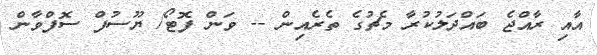
އާއި ރާއްޖެ ބައްދަލުކުރާ މެޗުގެ ތެރެއިން -- ވަން ފޮޓޯ/ ޔޫސުފް ސޮފްވާން